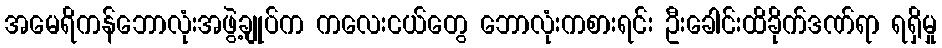
အမေရိကန်ဘောလုံးအဖွဲ့ချုပ်က ကလေးငယ်တွေ ဘောလုံးကစားရင်း ဦးခေါင်းထိခိုက်ဒဏ်ရာ ရရှိမှု